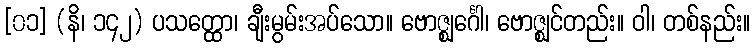
[၀၁] (နိ၊ ၁၄၂) ပသတ္ထော၊ ချီးမွမ်းအပ်သော။ ဗောဇ္ဈင်္ဂေါ၊ ဗောဇ္ဈင်တည်း။ ဝါ၊ တစ်နည်း။